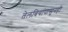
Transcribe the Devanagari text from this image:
तेलबियांपासूनही